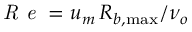
\textit { R e } = u _ { m } \, R _ { b , \operatorname* { m a x } } / \nu _ { o }